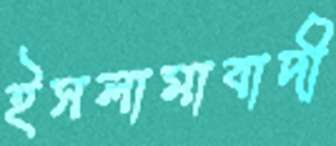
ইসলামাবাদী